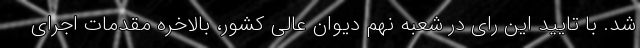
شد. با تایید این رای در شعبه نهم دیوان عالی کشور، بالاخره مقدمات اجرای